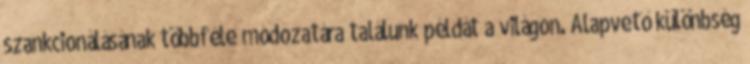
szankcionálásának többféle módozatára találunk példát a világon. Alapvető különbség